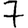
Digit: 7